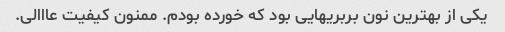
یکی از بهترین نون بربریهایی بود که خورده بودم. ممنون کیفیت عااالی.